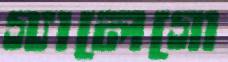
গ্যালেগো